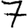
Digit: 7